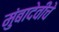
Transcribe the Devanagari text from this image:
मुंबादेवीचे